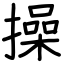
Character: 操